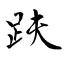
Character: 趺